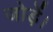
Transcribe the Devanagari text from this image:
जोड़ें।